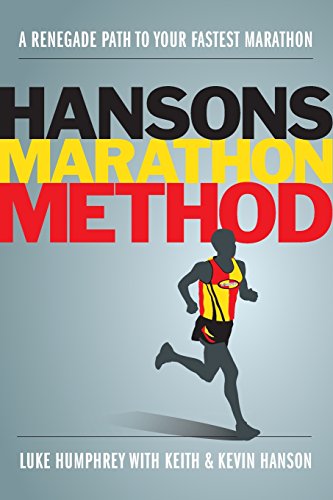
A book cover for Hansons Marathon Method: A Renegade Path to Your Fastest Marathon; Luke Humphrey; Health, Fitness & Dieting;